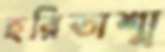
হরিতাশ্ম